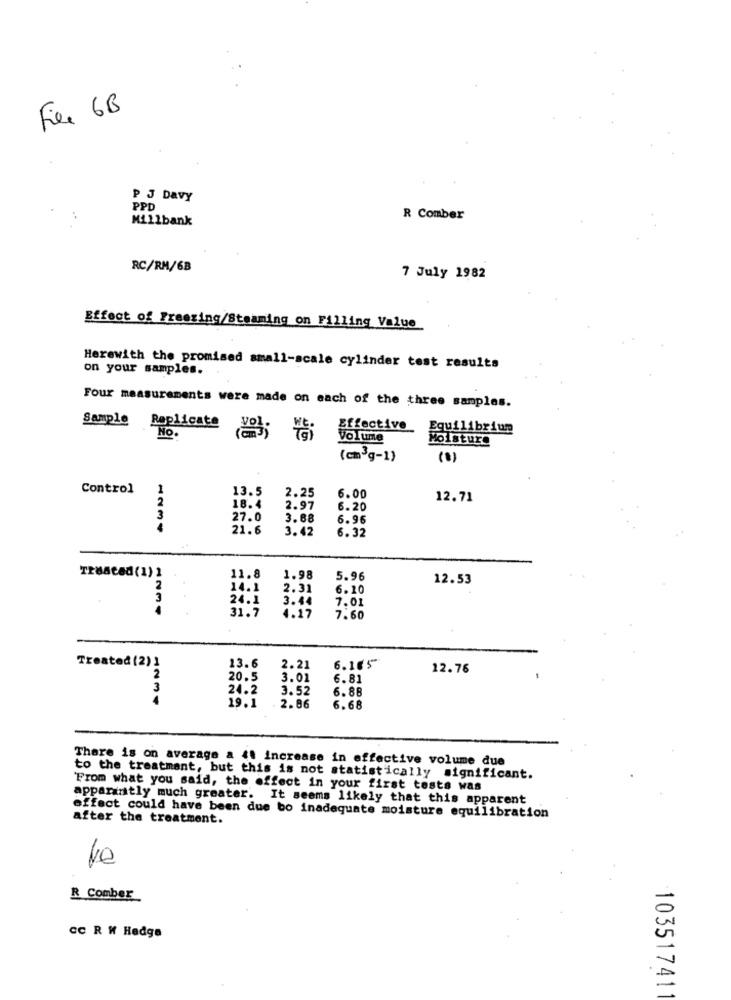
Free 6B
P J DAVY
PPD
Millbank
R Comber
RC/RM/6B
7 July 1982
Effect of Freezing/Steaming on Filling Value
Herewith the promised small-scale cylinder test results
on your samples.
Four measurements were made on each of the three samples.
Sample Replicate
Effective
Equilibrium
No.
volume
Moisture
(cm3g-1)
(0)
Control
1
13.5
2
18.4
2.25
6.00
12.71
2.97
6.20
3
27.0
3.68
6.96
21.6
3.42
6.32
Treated (1) 1
11.8
1.98
5.96
12.53
2
14.1
2.31
6.20
3
24.1
3.44
7.01
4
31.7
4.17
7.60
13.6
Treated (2)
2.21
6.16 5"
12.76
2
20.5
3.01
6.81
3
24.2
3.52
6.88
4
19.1
2.86
6.68
There is on average a 41 increase in effective volume due
to the treatment, but this is not statistically significant.
From what you said, the effect in your first tests was
apparantly much greater. It seems likely that this apparent
after the treatment.
effect could have been due bo inadequate moisture equilibration
R Comber
CC R W Hedge
10351741